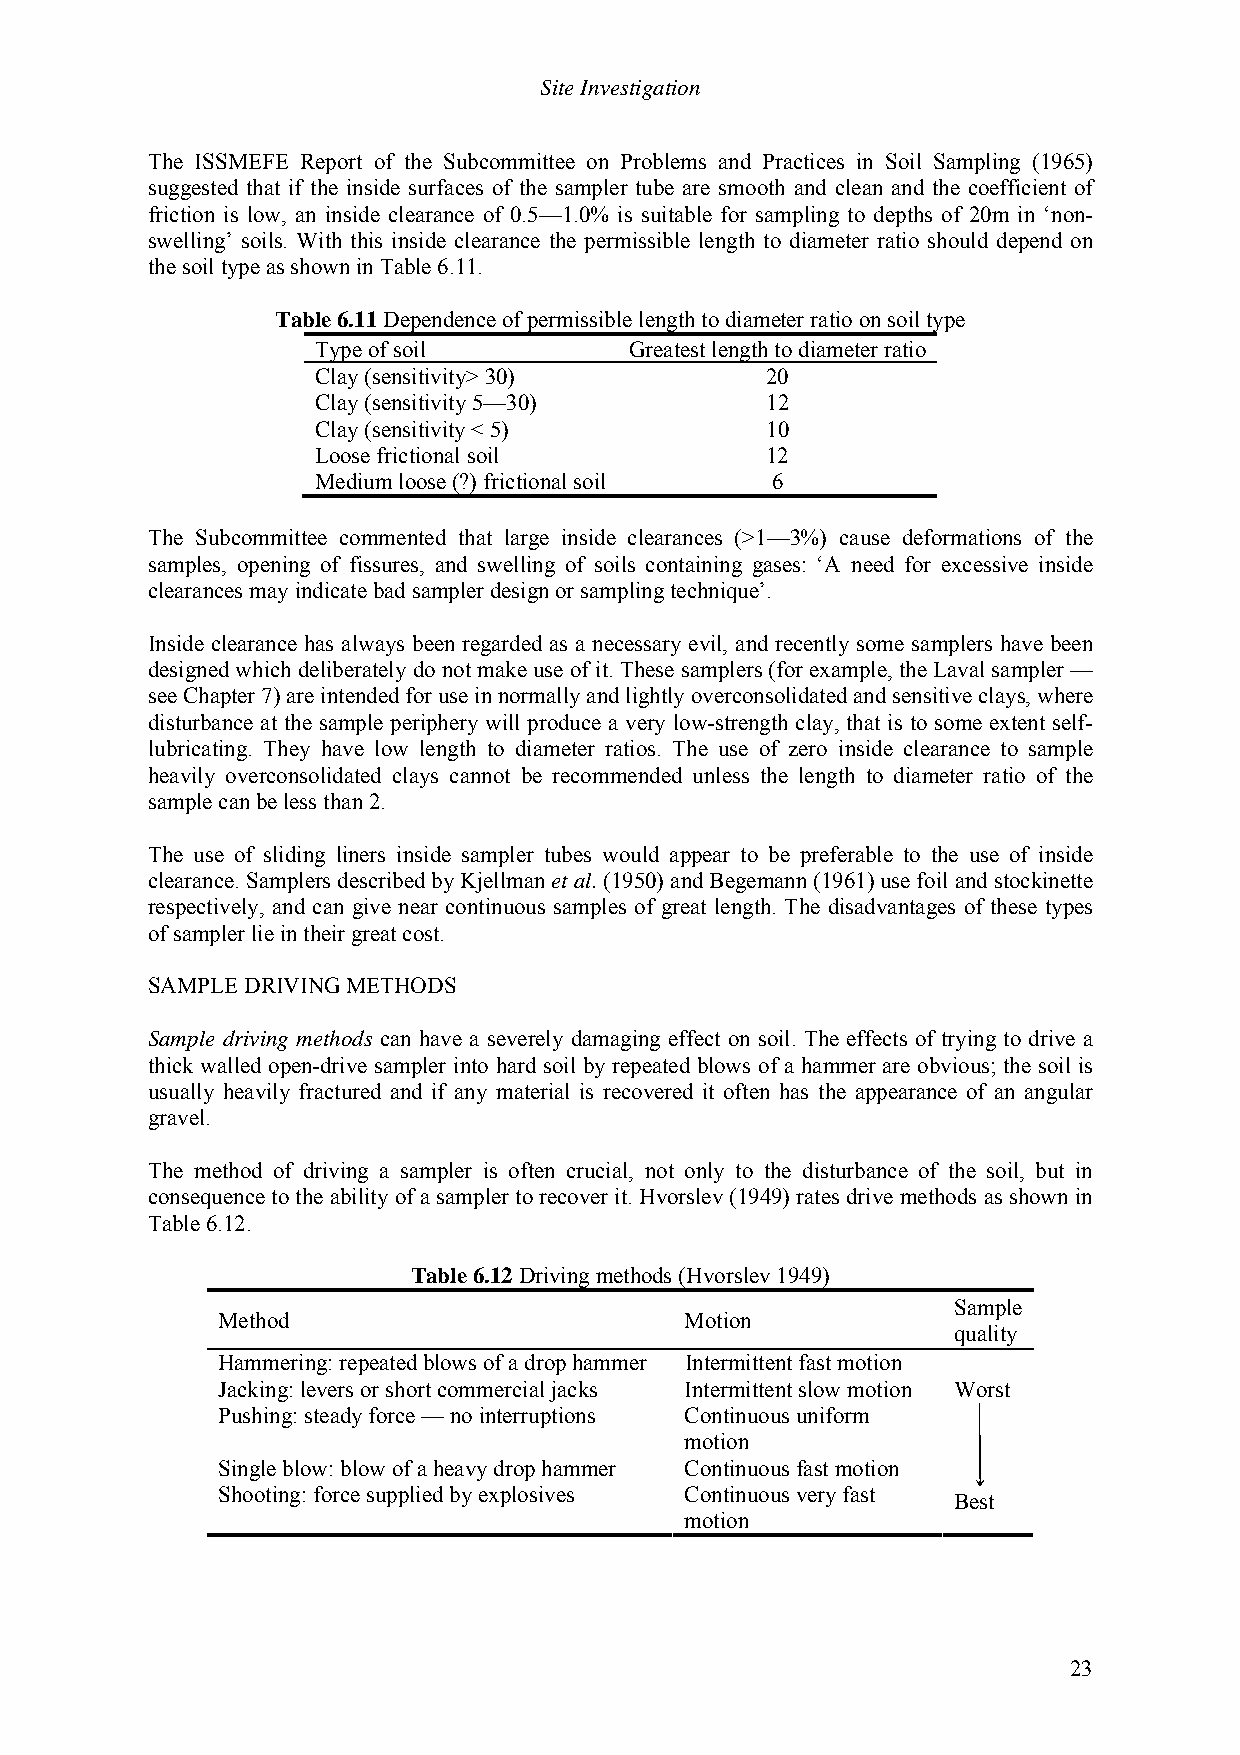
Site Investigation
 The ISSMEFE Report of the Subcommittee on Problems and Practices in Soil Sampling (1965)
 suggested that if the inside surfaces of the sampler tube are smooth and clean and the coefficient of
 friction is low, an inside clearance of 0.5—1.0% is suitable for sampling to depths of 20m in ‘non-
 swelling’ soils. With this inside clearance the permissible length to diameter ratio should depend on
 the soil type as shown in Table 6.11.
 Table 6.11 Dependence of permissible length to diameter ratio on soil type
 Type of soil         Greatest length to diameter ratio
 Clay (sensitivity> 30)        20
 Clay (sensitivity 5—30)       12
 Clay (sensitivity < 5)        10
 Loose frictional soil         12
 Medium loose (?) frictional soil 6
 The Subcommittee commented that large inside clearances (>1—3%) cause deformations of the
 samples, opening of fissures, and swelling of soils containing gases: ‘A need for excessive inside
 clearances may indicate bad sampler design or sampling technique’.
 Inside clearance has always been regarded as a necessary evil, and recently some samplers have been
 designed which deliberately do not make use of it. These samplers (for example, the Laval sampler —
 see Chapter 7) are intended for use in normally and lightly overconsolidated and sensitive clays, where
 disturbance at the sample periphery will produce a very low-strength clay, that is to some extent self-
 lubricating. They have low length to diameter ratios. The use of zero inside clearance to sample
 heavily overconsolidated clays cannot be recommended unless the length to diameter ratio of the
 sample can be less than 2.
 The use of sliding liners inside sampler tubes would appear to be preferable to the use of inside
 clearance. Samplers described by Kjellman et al. (1950) and Begemann (1961) use foil and stockinette
 respectively, and can give near continuous samples of great length. The disadvantages of these types
 of sampler lie in their great cost.
 SAMPLE DRIVING METHODS
 Sample driving methods can have a severely damaging effect on soil. The effects of trying to drive a
 thick walled open-drive sampler into hard soil by repeated blows of a hammer are obvious; the soil is
 usually heavily fractured and if any material is recovered it often has the appearance of an angular
 gravel.
 The method of driving a sampler is often crucial, not only to the disturbance of the soil, but in
 consequence to the ability of a sampler to recover it. Hvorslev (1949) rates drive methods as shown in
 Table 6.12.
 Table 6.12 Driving methods (Hvorslev 1949)
 Sample
 Method                         Motion
 quality
 Hammering: repeated blows of a drop hammer Intermittent fast motion
 Jacking: levers or short commercial jacks Intermittent slow motion Worst
 Pushing: steady force — no interruptions Continuous uniform
 motion
 Single blow: blow of a heavy drop hammer Continuous fast motion
 Shooting: force supplied by explosives Continuous very fast
 Best
 motion
 23